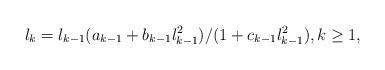
LaTeX: \begin{align*}l_k = l_{k-1}(a_{k-1} + b_{k-1}l^{2}_{k-1})/(1 + c_{k-1}l^{2}_{k-1}), k \geq 1,\end{align*}